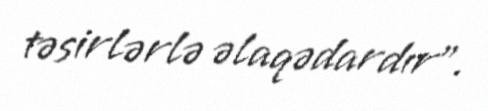
təsirlərlə əlaqədardır”.